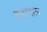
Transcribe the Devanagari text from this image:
कक्षपाल